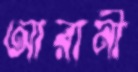
আরানী